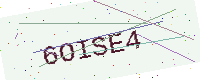
Text: 6OISE4